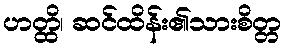
ဟတ္ထိ၊ ဆင်ထိန်း၏သားစိတ္တ